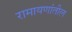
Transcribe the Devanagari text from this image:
रामायणांतील